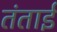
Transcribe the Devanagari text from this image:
तंताई